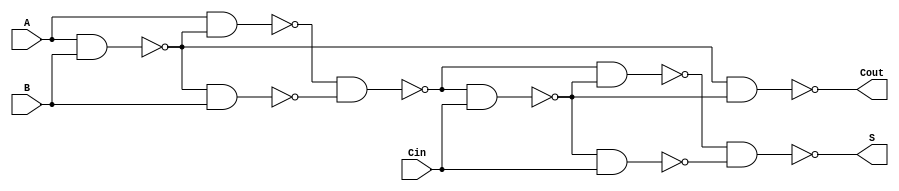
module onebit_adder(S,Cout,A,B,Cin);
    input A,B,Cin;
    output S,Cout;
    wire w1,w2,w3,w4,w5,w6,w7;

    nand n1(w1,A,B);
    nand n2(w2,A,w1);
    nand n3(w3,w1,B);
    nand n4(w4,w2,w3);
    nand n5(w5,w4,Cin);
    nand n6(w6,w4,w5);
    nand n7(w7,w5,Cin);
    nand n8(Cout,w1,w5);
    nand n9(S,w6,w7);

endmodule